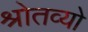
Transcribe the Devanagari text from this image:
श्रोतव्यो